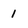
Character: 1